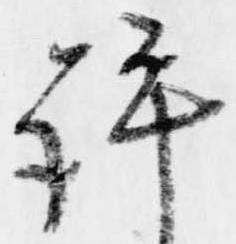
許